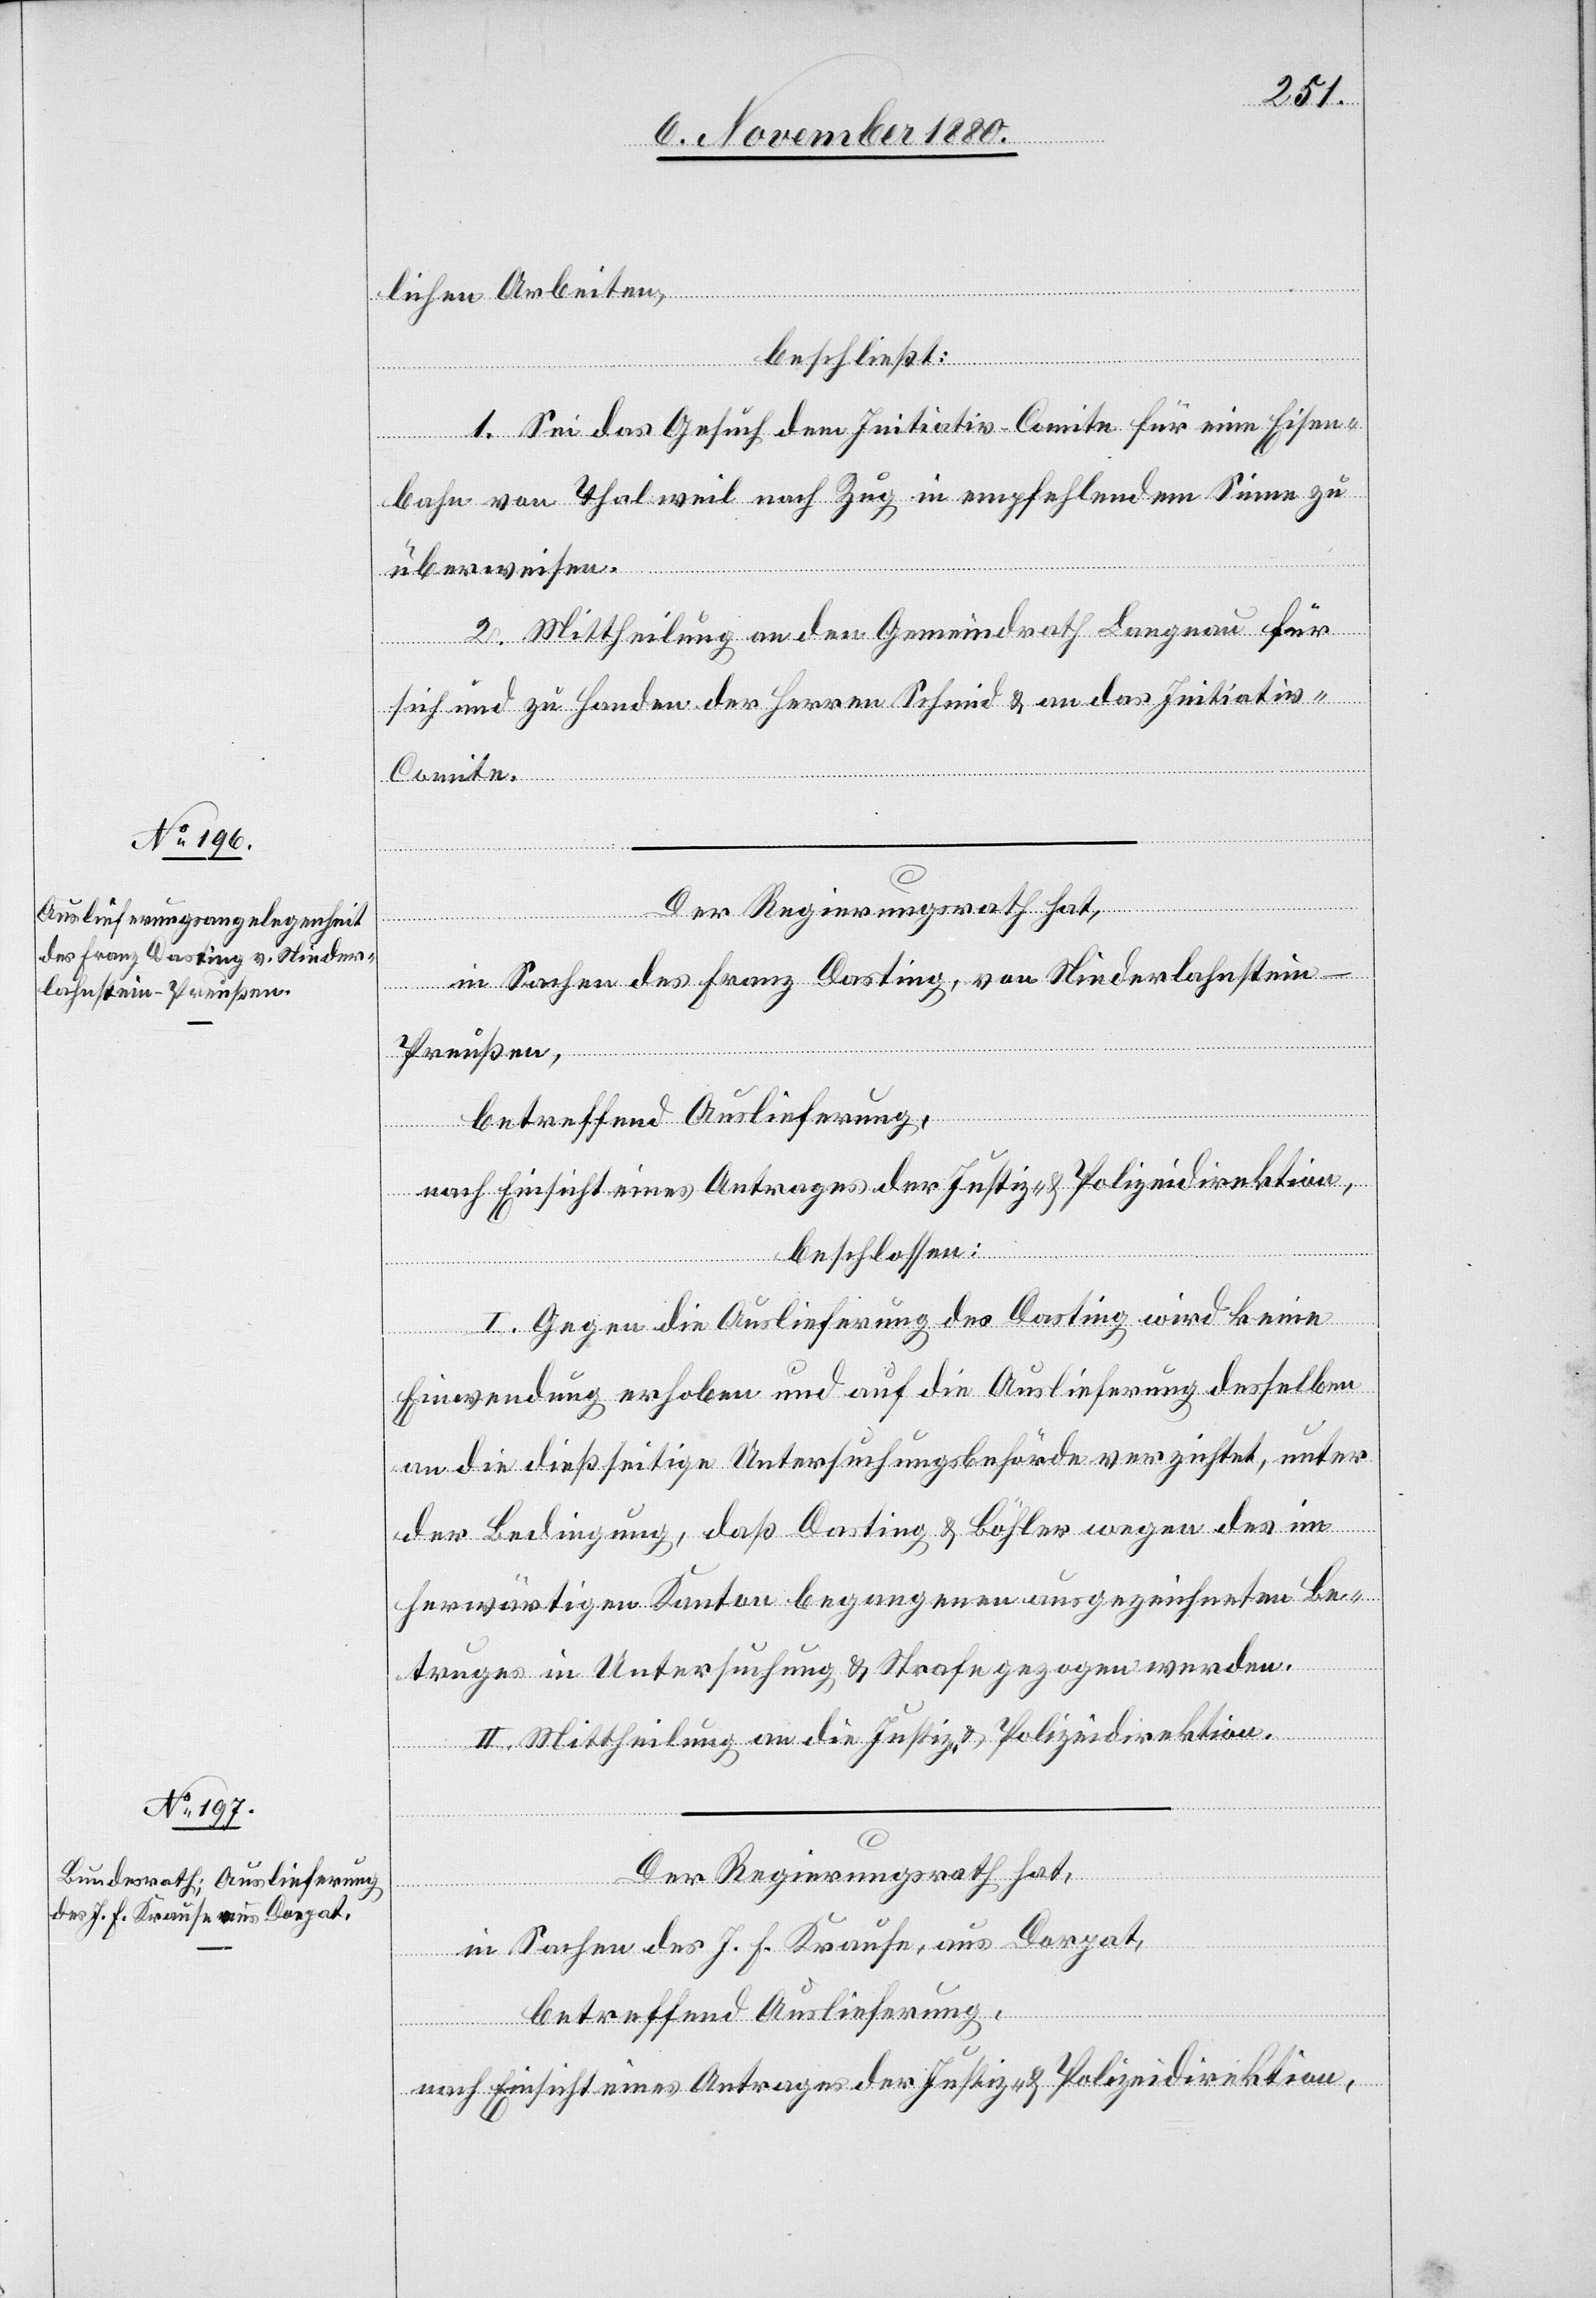
lichen Arbeiten,
beschließt:
1. Sei das Gesuch dem Initiativ-Comite für eine Eisen¬
bahn von Thalweil nach Zug in empfehlendem Sinne zu
überweisen.
2. Mittheilung an den Gemeindrath Langnau für
sich und zu Handen der Herren Schmid & an das Initiati¬
v-Comite.
in Sachen des Franz Dasting, von Niederlahnstein
-
Preußen,
betreffend Auslieferung,
nach Einsicht eines Antrages der Justiz- & Polizeidirektion,
beschlossen:
I. Gegen die Auslieferung des Dasting wird keine
Einwendung erhoben und auf die Auslieferung desselben
an die dießseitige Untersuchungsbehörde verzichtet, unter
der Bedingung, daß Dasting & Böhler wegen des im
herwärtigen Kanton begangenen ausgezeichneten Be¬
truges in Untersuchung & Strafe gezogen werden.
II. Mittheilung an die Justiz- & Polizeidirektion.
Der Regierungsrath hat,
in Sachen des J. F. Krause, aus Dorpat,
betreffend Auslieferung,
nach Einsicht eins Antrages der Justiz- & Polizeidirektion,